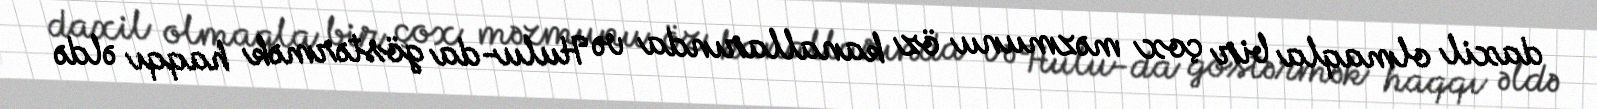
daxil olmaqla bir çox məzmunu öz kanallarında və Hulu-da göstərmək haqqı əldə